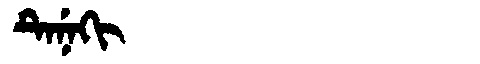
Manchu: ᡨᡝᠨᡝᡴᡳ
Romanization: TENEKI